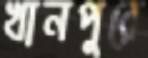
খানপুরে